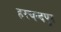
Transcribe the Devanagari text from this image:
हरचन्‍दपुर